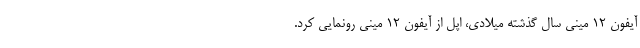
آیفون 12 مینی سال گذشته میلادی، اپل از آیفون 12 مینی رونمایی کرد.